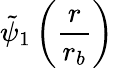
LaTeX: \tilde{\psi}_{1}\left(\frac{r}{r_{b}}\right)